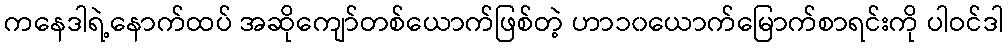
ကနေဒါရဲ့နောက်ထပ် အဆိုကျော်တစ်ယောက်ဖြစ်တဲ့ ဟာ၁၀ယောက်မြောက်စာရင်းကို ပါဝင်ဒါ